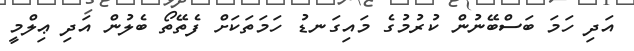
އަދި ހަމަ ބަސްބޭނުން ކުރުމުގެ މައިގަނޑު ހަމަތަކަށް ފެތޭތޯ ބެލުން އަދި ޢިލްމީ